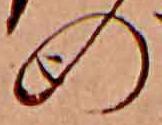
の